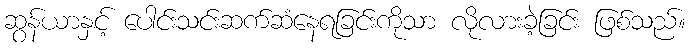
ဆွန်ယာနှင့် ပေါင်းသင်းဆက်ဆံနေရခြင်းကိုသာ လိုလားခဲ့ခြင်း ဖြစ်သည်။